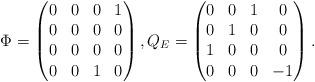
LaTeX: \begin{align*}\Phi = \begin{pmatrix} 0&0&0&1\\0&0&0&0\\0&0&0&0\\0&0&1&0\end{pmatrix},Q_E = \begin{pmatrix} 0&0&1&0\\0&1&0&0\\ 1&0&0&0\\0&0&0&-1\end{pmatrix}.\end{align*}